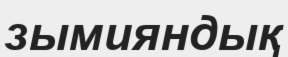
зымияндық